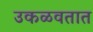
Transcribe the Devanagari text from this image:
उकळवतात